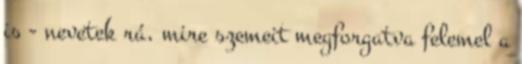
is - nevetek rá, mire szemeit megforgatva felemel a